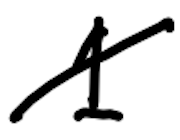
Text: 1
Cross-out: diagonal
Writing tool: digital_black